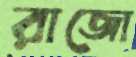
রাজো